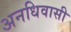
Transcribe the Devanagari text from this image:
अनधिवासी